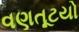
વણતૂટયો